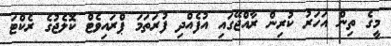
މީގެ ތިން އަހަރު ކުރިން ރާއްޖޭގައި އުފެއްދި ފުރަތަމަ ޕްރައިވެޓް ކޮލެޖުގެ ރެކްޓަ